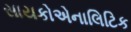
સાયકોએનાલિટિક